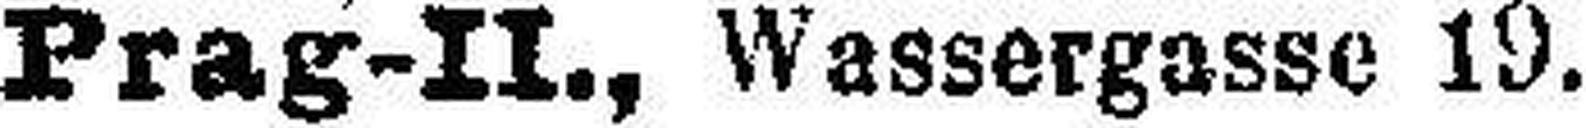
Prag-II., Wassergasse 19.